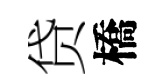
贷橋